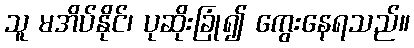
သူ မအိပ်နိုင်၊ ပုဆိုးခြုံ၍ ကွေးနေရသည်။